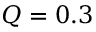
Q = 0 . 3